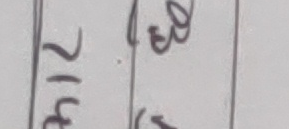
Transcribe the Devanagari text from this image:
२१५ १३४